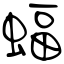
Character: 蝠